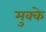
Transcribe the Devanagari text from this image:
मुक्‍के